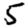
Digit: 5